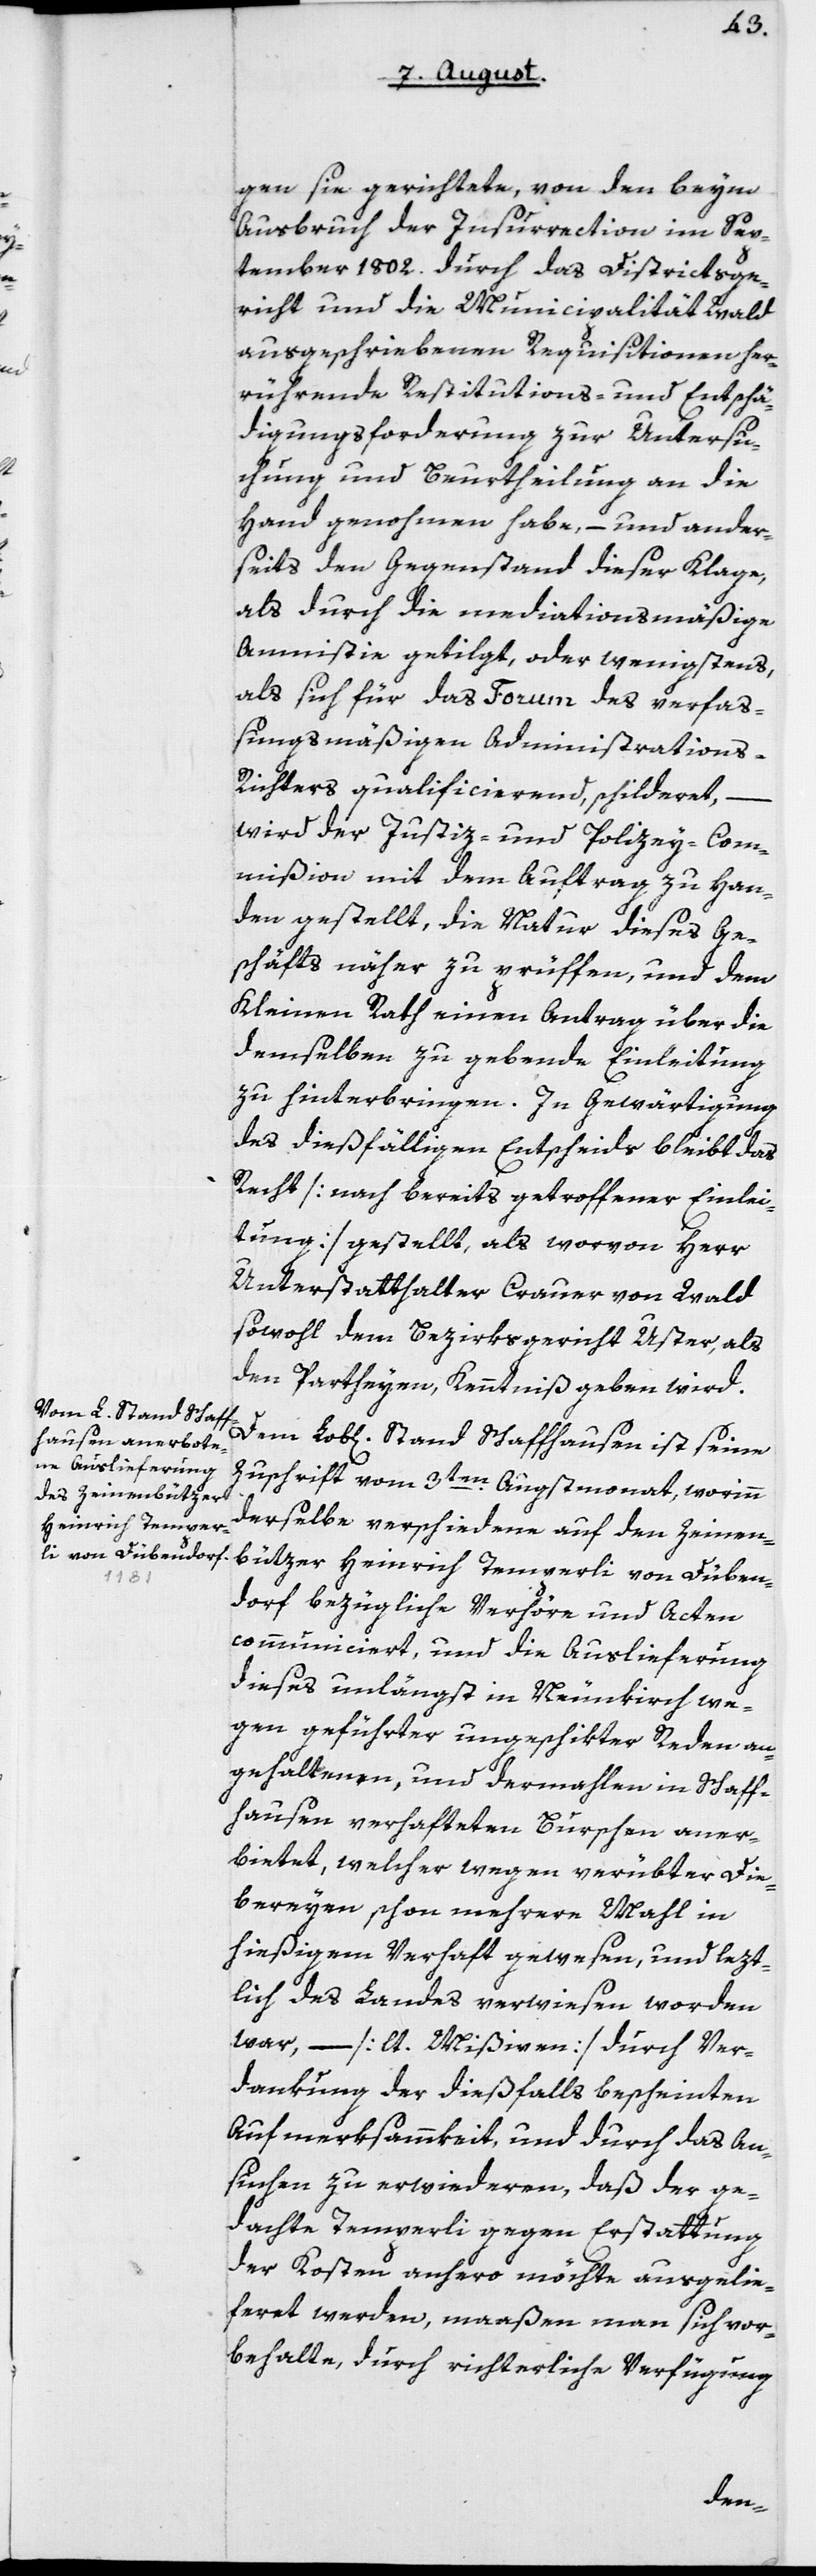
gen sie gerichtete, von den beym
Ausbruch der Insurrection im Sep¬
tember 1802 durch das Districtsge¬
richt und die Municipalität Wald
ausgeschriebenen Requisitionen her¬
rührende Restitutions- und Entschä¬
digungsforderung zur Untersu¬
chung und Beurtheilung an die
Hand genommen habe, – und ander¬
seits den Gegenstand dieser Klage,
als durch die mediationsmäßige
Amnistie getilgt oder wenigstens
als sich für das Forum des verfaß¬
ungsmäßigen Administrations-R¬
ichters qualificierend, schilderet, –
wird der Justiz- und Policeycom¬
mißion mit dem Auftrag zu Han¬
den gestellt, die Natur dieses Ge¬
schäfts näher zu prüffen und dem
Kleinen Rath einen Antrag über die
demselben zu gebende Einleitung
zu hinterbringen. In Gewärtigung
des dießfälligen Entscheids bleibt das
Recht [nach bereits getroffener Einlei¬
tung] gestellt, als worvon Herr
Unterstatthalter Crauer von Wald
sowohl dem Bezirksgericht Uster, als
den Partheyen, Kenntniß geben wird.
Dem L. Stand Schafhausen ist seine
Zuschrift vom 3ten Augstmonat, worinn
derselbe verschiedene auf den Zeinen¬
bützer Heinrich Temperli von Düben¬
dorf bezügliche Verhöre und Acten
communiciert, und die Auslieferung
dieses unlängst in Neunkirch we¬
gen geführter ungeschikter Reden an¬
gehaltenen, und dermahlen in Schaff¬
hausen verhafteten Burschen aner¬
bietet, welcher wegen verübter Die¬
bereyen, schon mehrere Mal in
hießigem Verhaft gewesen, und lezt¬
lich des Landes verwiesen worden
war, – [lt. Mißiven] durch Ver¬
dankung der dießfalls bescheinten
Aufmerksamkeit und durch das An¬
suchen zu erwideren, daß der ge¬
dachte Temperli gegen Erstattung
der Kosten anhero möchte ausgelie¬
feret werden, maaßen man sich vor¬
behalte, durch richterliche Verfügung